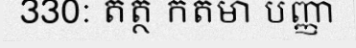
330: តត្ថ កតមា បញ្ញា